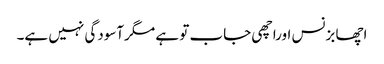
اچھا بزنس اوراچھی جاب تو ہے مگرآسودگی نہیں ہے۔